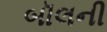
બૉલની